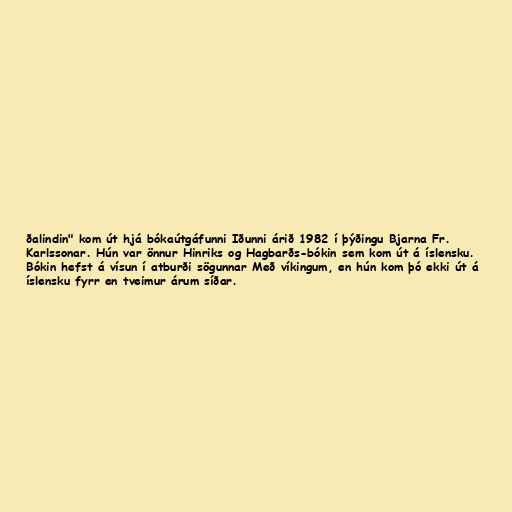
ðalindin" kom út hjá bókaútgáfunni Iðunni árið 1982 í þýðingu Bjarna Fr.
Karlssonar. Hún var önnur Hinriks og Hagbarðs-bókin sem kom út á íslensku.
Bókin hefst á vísun í atburði sögunnar Með víkingum, en hún kom þó ekki út á
íslensku fyrr en tveimur árum síðar.